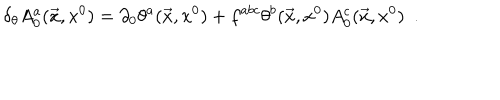
\delta _ { \theta } A _ { 0 } ^ { a } ( \vec { x } , x ^ { 0 } ) = \partial _ { 0 } \theta ^ { a } ( \vec { x } , x ^ { 0 } ) + f ^ { a b c } \theta ^ { b } ( \vec { x } , x ^ { 0 } ) A _ { 0 } ^ { c } ( \vec { x } , x ^ { 0 } ) \ \ .